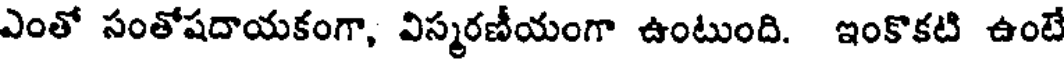
ఎంతో సంతోషదాయకంగా, విస్మరణీయంగా ఉంటుంది. ఇంకొకటి ఉంటే